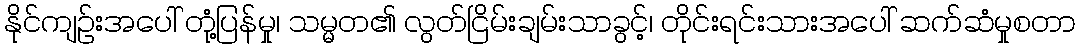
နိုင်ကျဉ်းအပေါ် တုံ့ပြန်မှု၊ သမ္မတ၏ လွတ်ငြိမ်းချမ်းသာခွင့်၊ တိုင်းရင်းသားအပေါ် ဆက်ဆံမှုစတာ